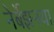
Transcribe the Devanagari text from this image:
नेर्बेझनया